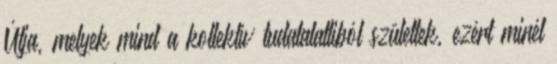
Útja, melyek mind a kollektív tudatalattiból születtek, ezért minél